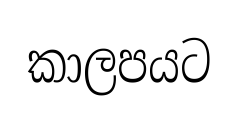
කාලපයට